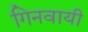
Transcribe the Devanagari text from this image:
गिनवायी